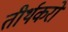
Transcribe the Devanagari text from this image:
तीर्थकरो